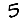
Digit: 5